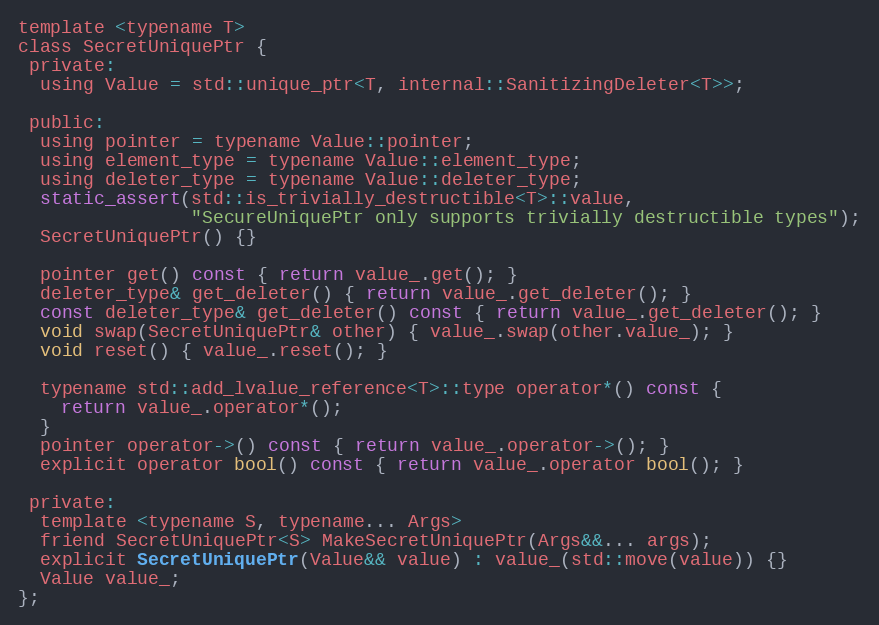
Language: C
template <typename T>
class SecretUniquePtr {
 private:
  using Value = std::unique_ptr<T, internal::SanitizingDeleter<T>>;

 public:
  using pointer = typename Value::pointer;
  using element_type = typename Value::element_type;
  using deleter_type = typename Value::deleter_type;
  static_assert(std::is_trivially_destructible<T>::value,
                "SecureUniquePtr only supports trivially destructible types");
  SecretUniquePtr() {}

  pointer get() const { return value_.get(); }
  deleter_type& get_deleter() { return value_.get_deleter(); }
  const deleter_type& get_deleter() const { return value_.get_deleter(); }
  void swap(SecretUniquePtr& other) { value_.swap(other.value_); }
  void reset() { value_.reset(); }

  typename std::add_lvalue_reference<T>::type operator*() const {
    return value_.operator*();
  }
  pointer operator->() const { return value_.operator->(); }
  explicit operator bool() const { return value_.operator bool(); }

 private:
  template <typename S, typename... Args>
  friend SecretUniquePtr<S> MakeSecretUniquePtr(Args&&... args);
  explicit SecretUniquePtr(Value&& value) : value_(std::move(value)) {}
  Value value_;
};